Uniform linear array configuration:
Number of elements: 24
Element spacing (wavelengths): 1
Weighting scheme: hann
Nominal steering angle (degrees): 0
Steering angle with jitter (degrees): -0.7964
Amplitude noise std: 0.05
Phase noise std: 0.05

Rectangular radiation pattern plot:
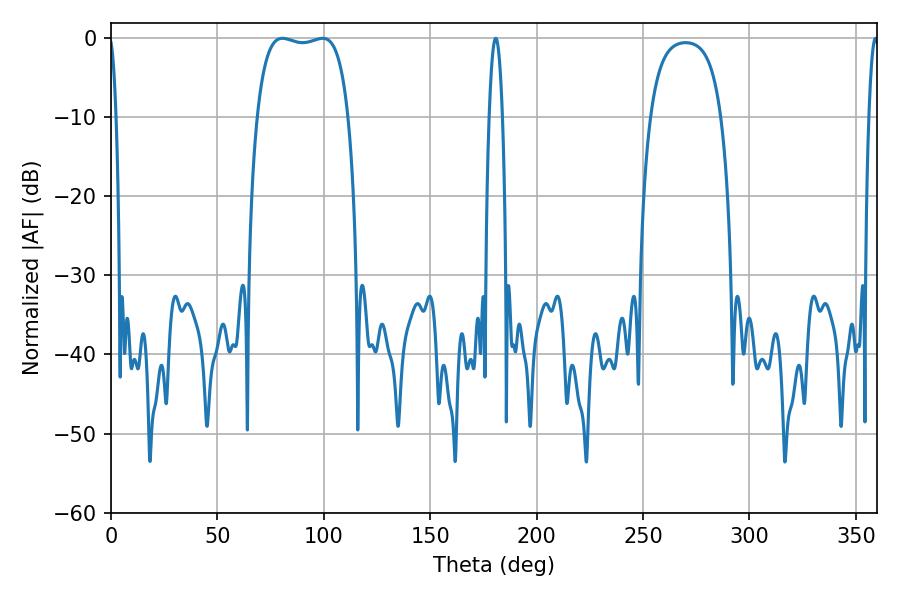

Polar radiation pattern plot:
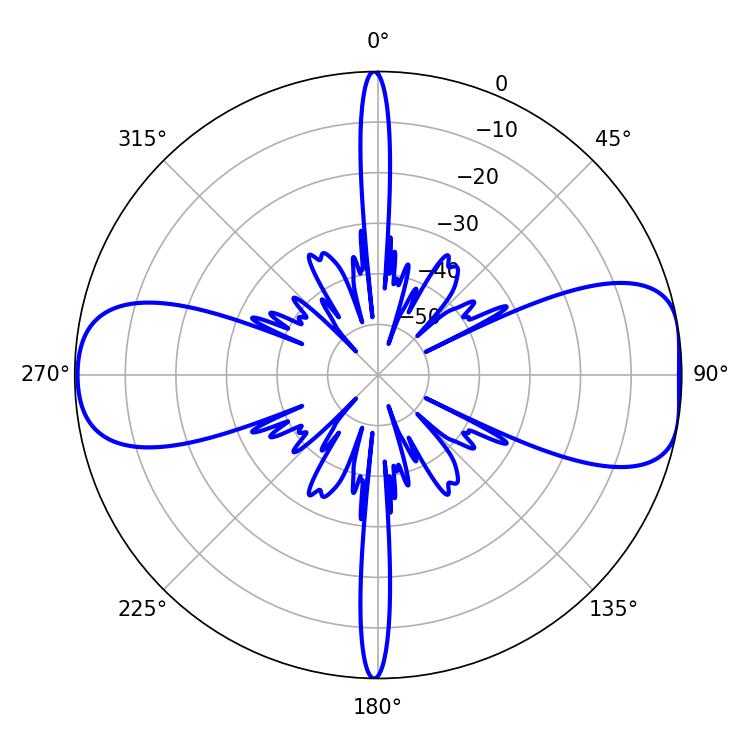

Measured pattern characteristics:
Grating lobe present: TRUE
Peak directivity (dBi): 9.54
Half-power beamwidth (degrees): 34.2
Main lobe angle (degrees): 80.46